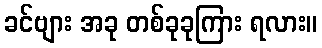
ခင်ဗျား အခု တစ်ခုခုကြား ရလား။